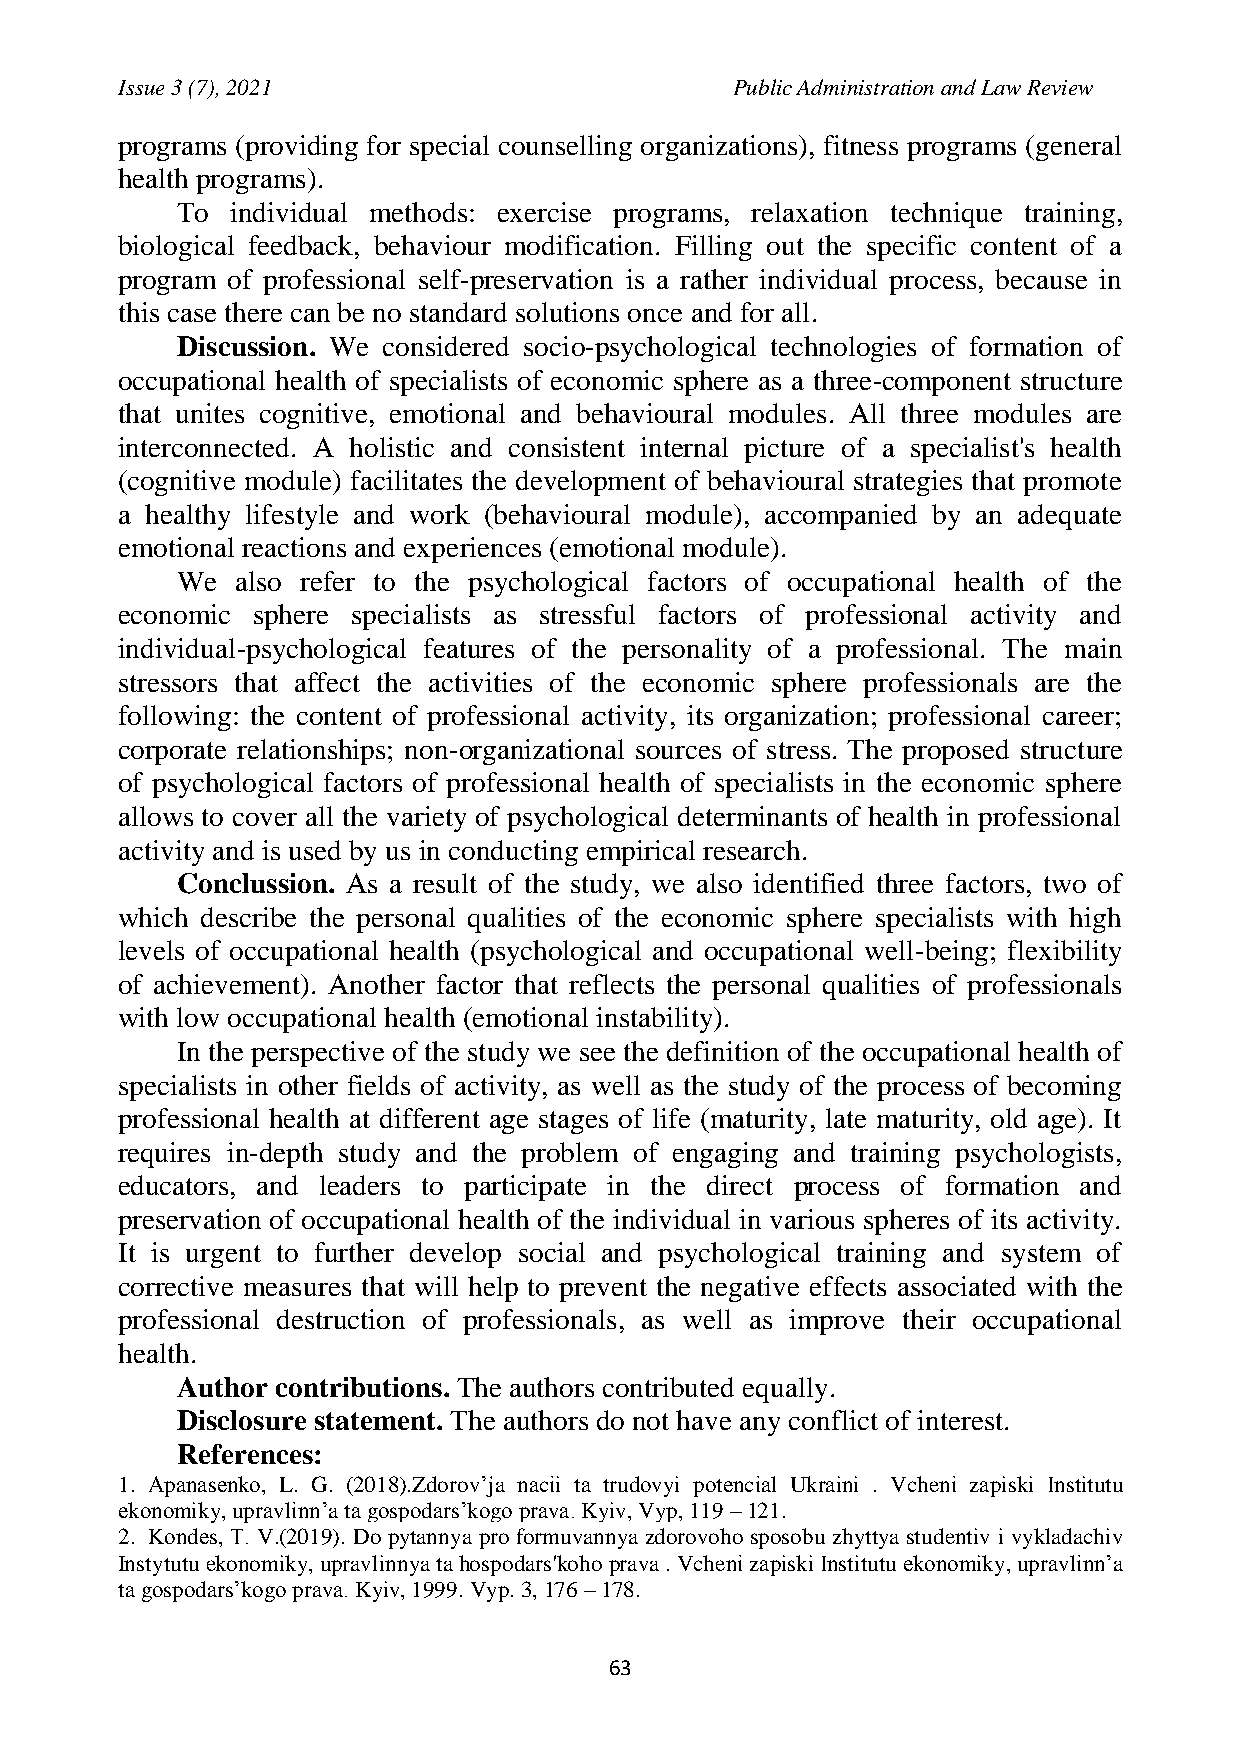
Issue 3 (7), 2021                       Public Administration and Law Review
 programs (providing for special counselling organizations), fitness programs (general
 health programs).
 To individual methods: exercise programs, relaxation technique training,
 biological feedback, behaviour modification. Filling out the specific content of a
 program of professional self-preservation is a rather individual process, because in
 this case there can be no standard solutions once and for all.
 Discussion. We considered socio-psychological technologies of formation of
 occupational health of specialists of economic sphere as a three-component structure
 that unites cognitive, emotional and behavioural modules. All three modules are
 interconnected. A holistic and consistent internal picture of a specialist's health
 (cognitive module) facilitates the development of behavioural strategies that promote
 a healthy lifestyle and work (behavioural module), accompanied by an adequate
 emotional reactions and experiences (emotional module).
 We  also refer to the psychological factors of occupational health of the
 economic sphere specialists as stressful factors of professional activity and
 individual-psychological features of the personality of a professional. The main
 stressors that affect the activities of the economic sphere professionals are the
 following: the content of professional activity, its organization; professional career;
 corporate relationships; non-organizational sources of stress. The proposed structure
 of psychological factors of professional health of specialists in the economic sphere
 allows to cover all the variety of psychological determinants of health in professional
 activity and is used by us in conducting empirical research.
 Conclussion. As a result of the study, we also identified three factors, two of
 which describe the personal qualities of the economic sphere specialists with high
 levels of occupational health (psychological and occupational well-being; flexibility
 of achievement). Another factor that reflects the personal qualities of professionals
 with low occupational health (emotional instability).
 In the perspective of the study we see the definition of the occupational health of
 specialists in other fields of activity, as well as the study of the process of becoming
 professional health at different age stages of life (maturity, late maturity, old age). It
 requires in-depth study and the problem of engaging and training psychologists,
 educators, and leaders to participate in the direct process of formation and
 preservation of occupational health of the individual in various spheres of its activity.
 It is urgent to further develop social and psychological training and system of
 corrective measures that will help to prevent the negative effects associated with the
 professional destruction of professionals, as well as improve their occupational
 health.
 Author contributions. The authors contributed equally.
 Disclosure statement. The authors do not have any conflict of interest.
 References:
 1. Аpаnаsеnkо, L. G. (2018).Zdorov’ja nаcіi tа trudоvyi pоtеncіаl Ukrаini . Vchenі zаpiski Іnstitutu
 еkоnоmiky, uprаvlіnn’a tа gоspоdаrs’kоgо prаvа. Kyiv, Vyp, 119 – 121.
 2. Kоndеs, Т. V.(2019). Do pytannya pro formuvannya zdorovoho sposobu zhyttya studentiv i vykladachiv
 Instytutu ekonomiky, upravlinnya ta hospodarsʹkoho prava . Vchenі zаpiski Іnstitutu еkоnоmiky, uprаvlіnn’a
 tа gоspоdаrs’kоgо prаvа. Kyiv, 1999. Vyp. 3, 176 – 178.
 63